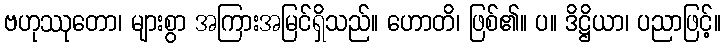
ဗဟုဿုတော၊ များစွာ အကြားအမြင်ရှိသည်။ ဟောတိ၊ ဖြစ်၏။ ပ။ ဒိဋ္ဌိယာ၊ ပညာဖြင့်။